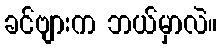
ခင်ဗျားက ဘယ်မှာလဲ။